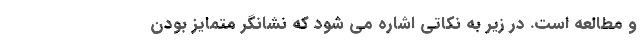
و مطالعه است. در زیر به نکاتی اشاره می شود که نشانگر متمایز بودن